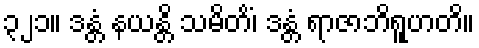
၃၂၁။ ဒန္တံ နယန္တိ သမိတိံ၊ ဒန္တံ ရာဇာဘိရူဟတိ။